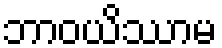
ဘာဝယိဿာမ